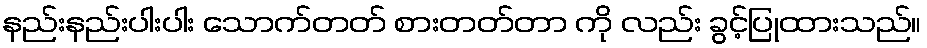
နည်းနည်းပါးပါး သောက်တတ် စားတတ်တာ ကို လည်း ခွင့်ပြုထားသည်။